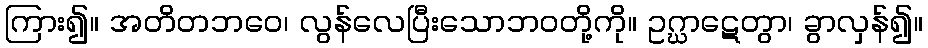
ကြား၍။ အတိတဘဝေ၊ လွန်လေပြီးသောဘဝတို့ကို။ ဥဂ္ဃာဋေတွာ၊ ခွာလှန်၍။